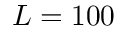
{ L = 1 0 0 }